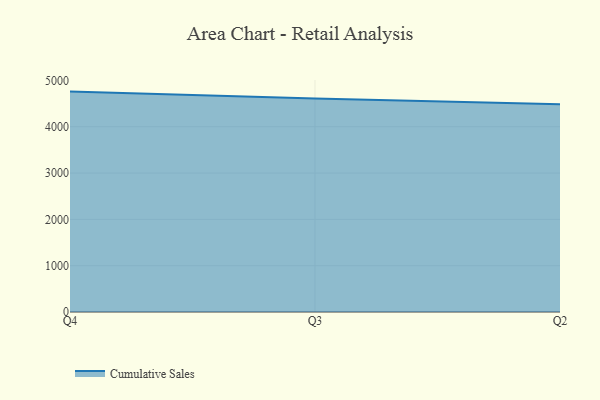
{"axis": {"x": "Quarter", "y": "Headcount"}, "legend": ["Cumulative Sales"], "data": [{"x": "Q4", "y": 4758.1, "type": "Cumulative Sales"}, {"x": "Q3", "y": 4609.5, "type": "Cumulative Sales"}, {"x": "Q2", "y": 4484.9, "type": "Cumulative Sales"}]}